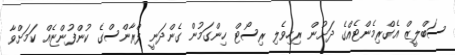
ސަބްލީޒް އެގްރިމެންޓެއްގެ ދަށުން ރިހިވެލި ރިސޯޓް ހިންގަމުން ގެންދަނީ ފްރާންސްގެ ކުންފުންޏެއް ކަމަށްވާ